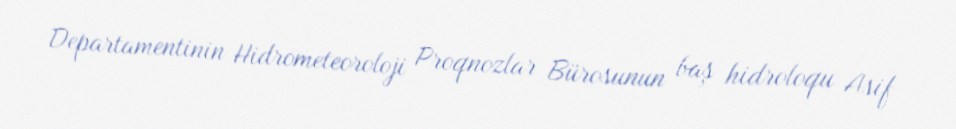
Departamentinin Hidrometeoroloji Proqnozlar Bürosunun baş hidroloqu Asif